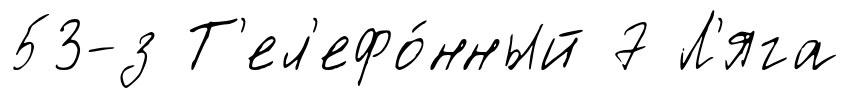
53-з Т'ел'ефо́нный 7 Л'яга